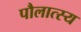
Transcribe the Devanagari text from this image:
पौलात्स्य